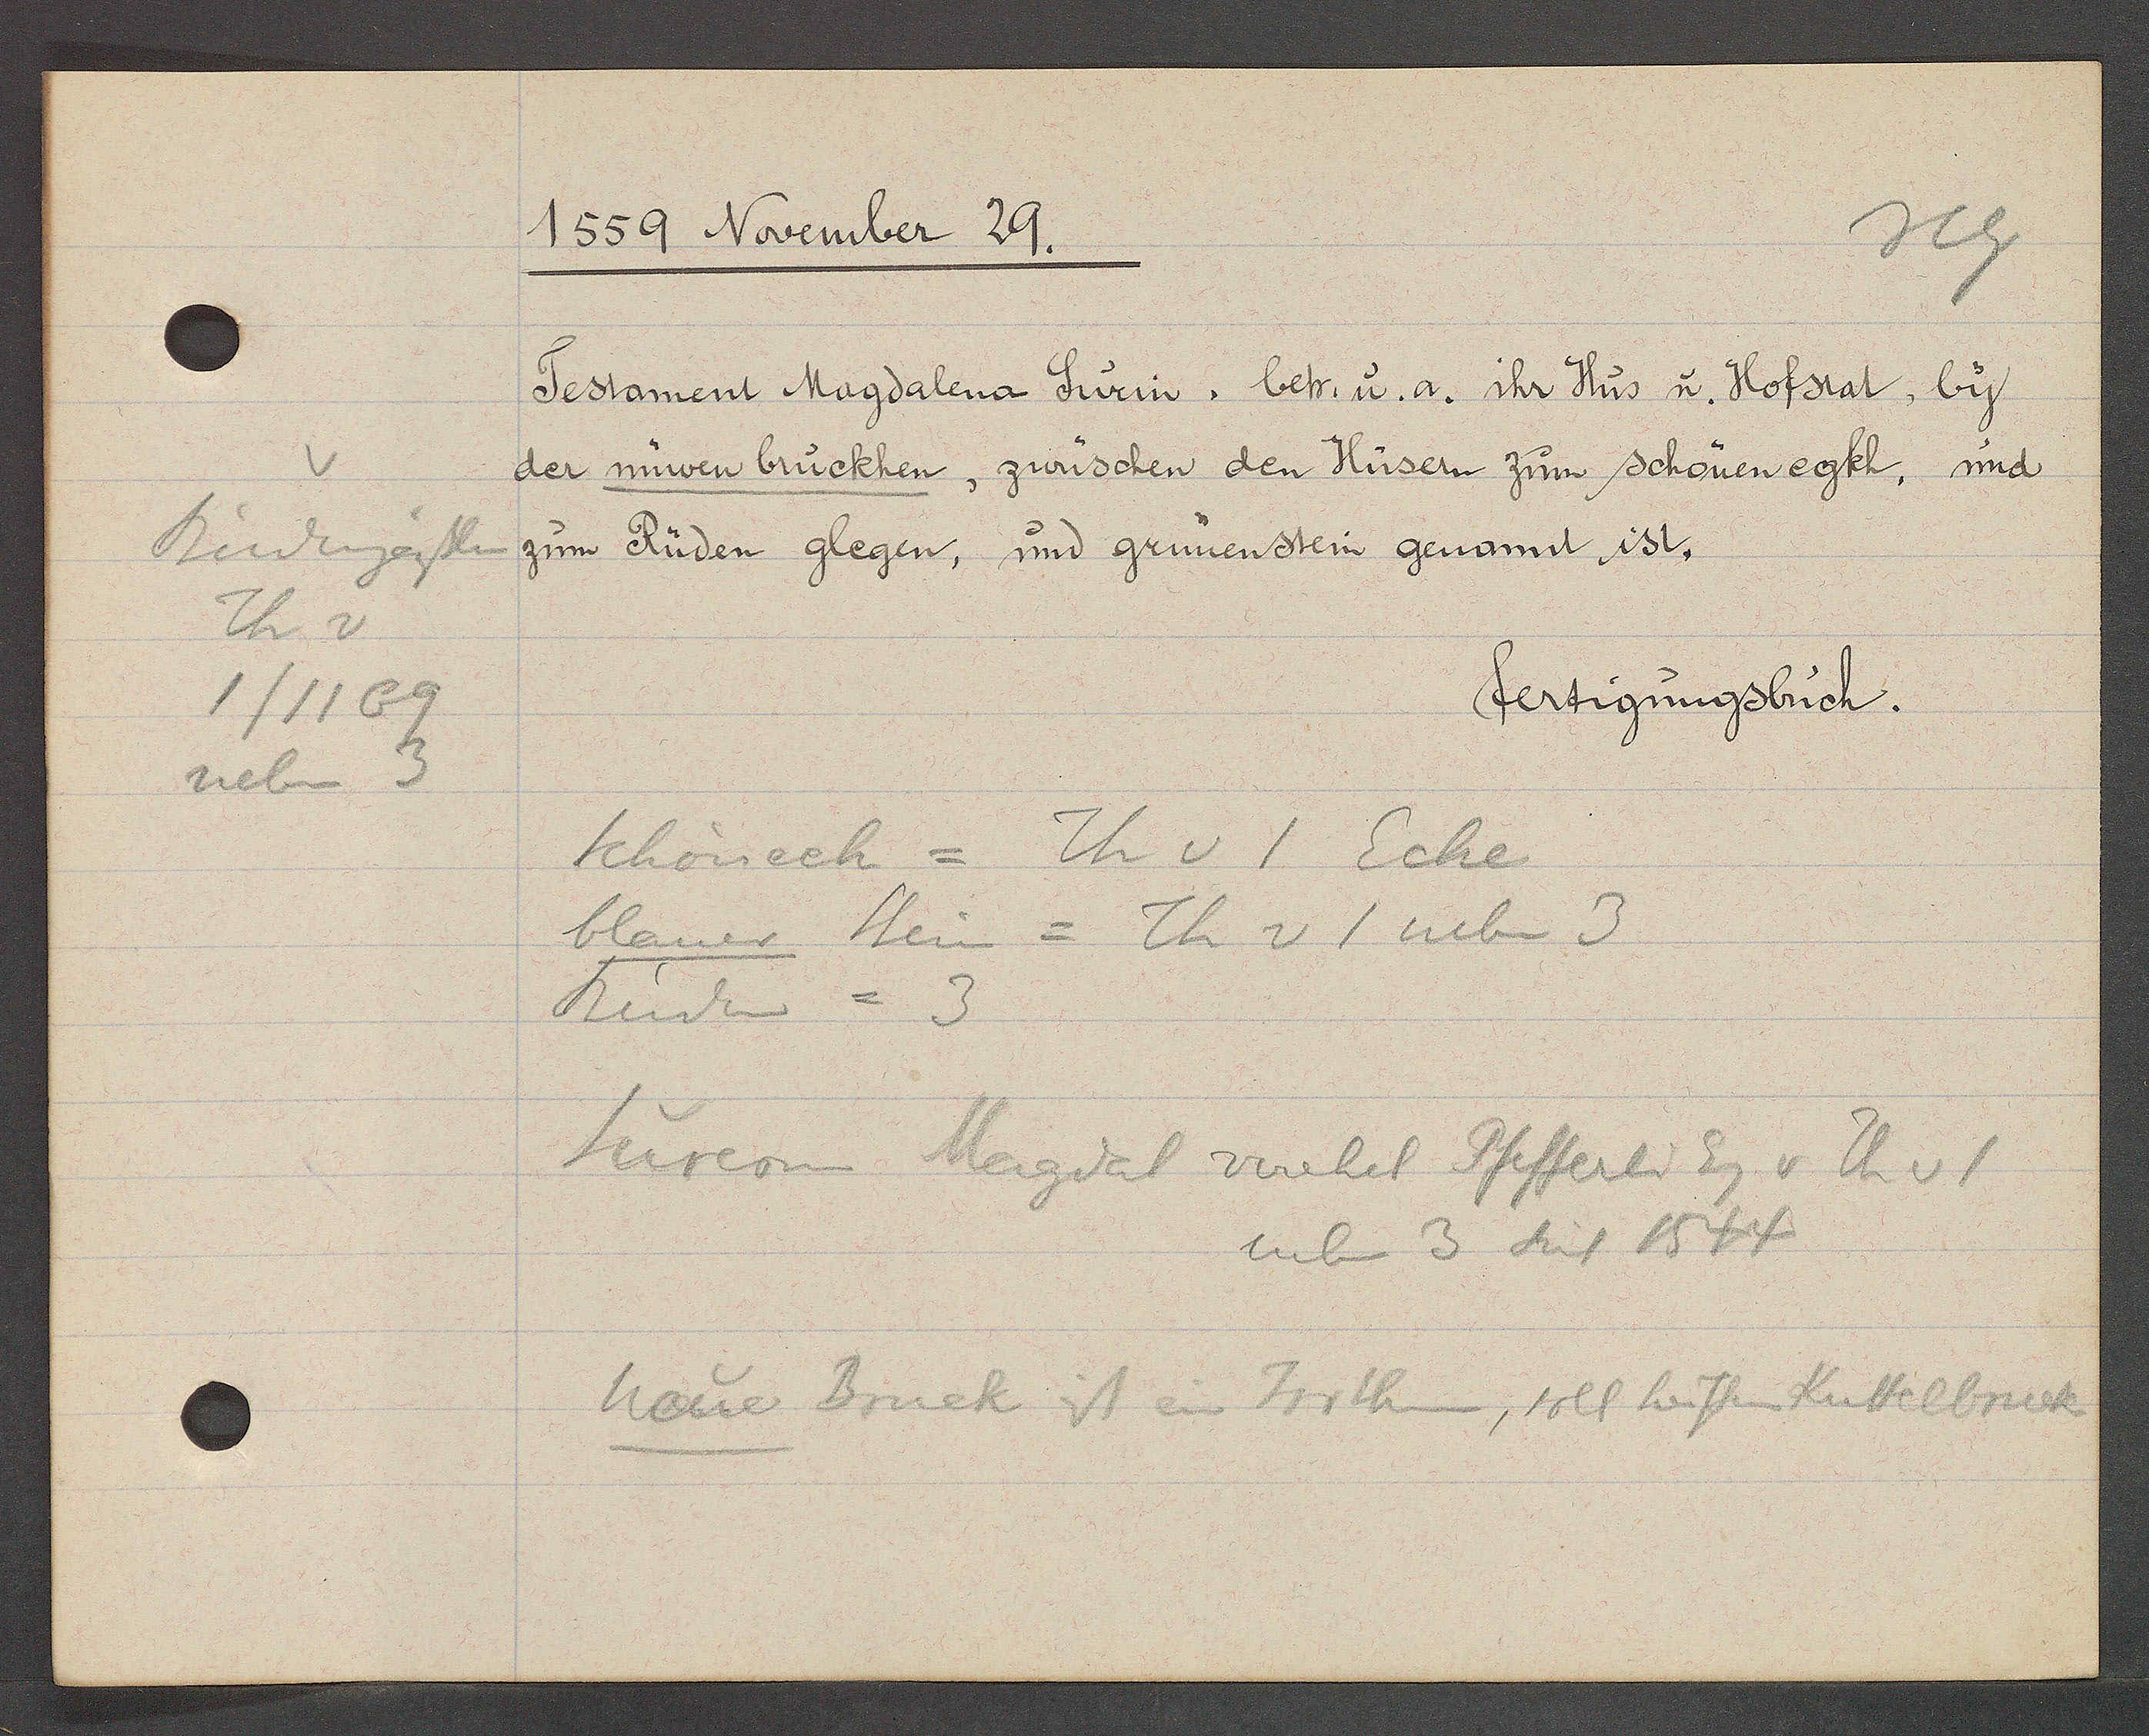
Transcript:
v
Rindergässlin
Th v
1/1169
neben 3

1559 November 29.

Testament Magdalena Sürin, betr. u. a. ihr Hus u. Hofstat, by
der nüwen bruckhen, zwüschen den Hüsern zum schönen egkh, und
zum Rüden glegen, und grünenstein genannt ist.

fertigungsbuch.

Schöneck = Th v 1 Ecke
blauer Stein = Th v 1 neben 3
Rinder = 3
Süreon Magdal verehel Pfefferli Eg v Th v 1
neben 3 seit 1544
neue Bruck ist ein Irrthum, soll heissen Kuttelbruck